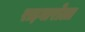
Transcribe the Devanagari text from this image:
राइवारोला